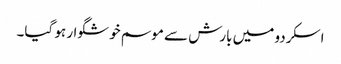
اسکردو میں بارش سے موسم خوشگوار ہو گیا۔